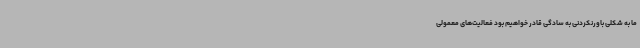
‌ما به شکلی باورنکردنی به سادگی قادر خواهیم بود فعالیت‌های معمولی